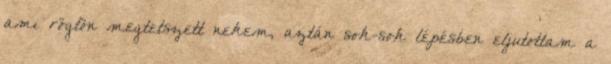
ami rögtön megtetszett nekem, aztán sok-sok lépésben eljutottam a